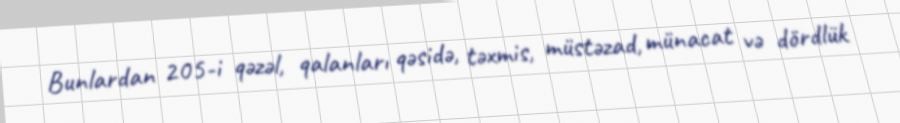
Bunlardan 205-i qəzəl, qalanları qəsidə, təxmis, müstəzad, münacat və dördlük